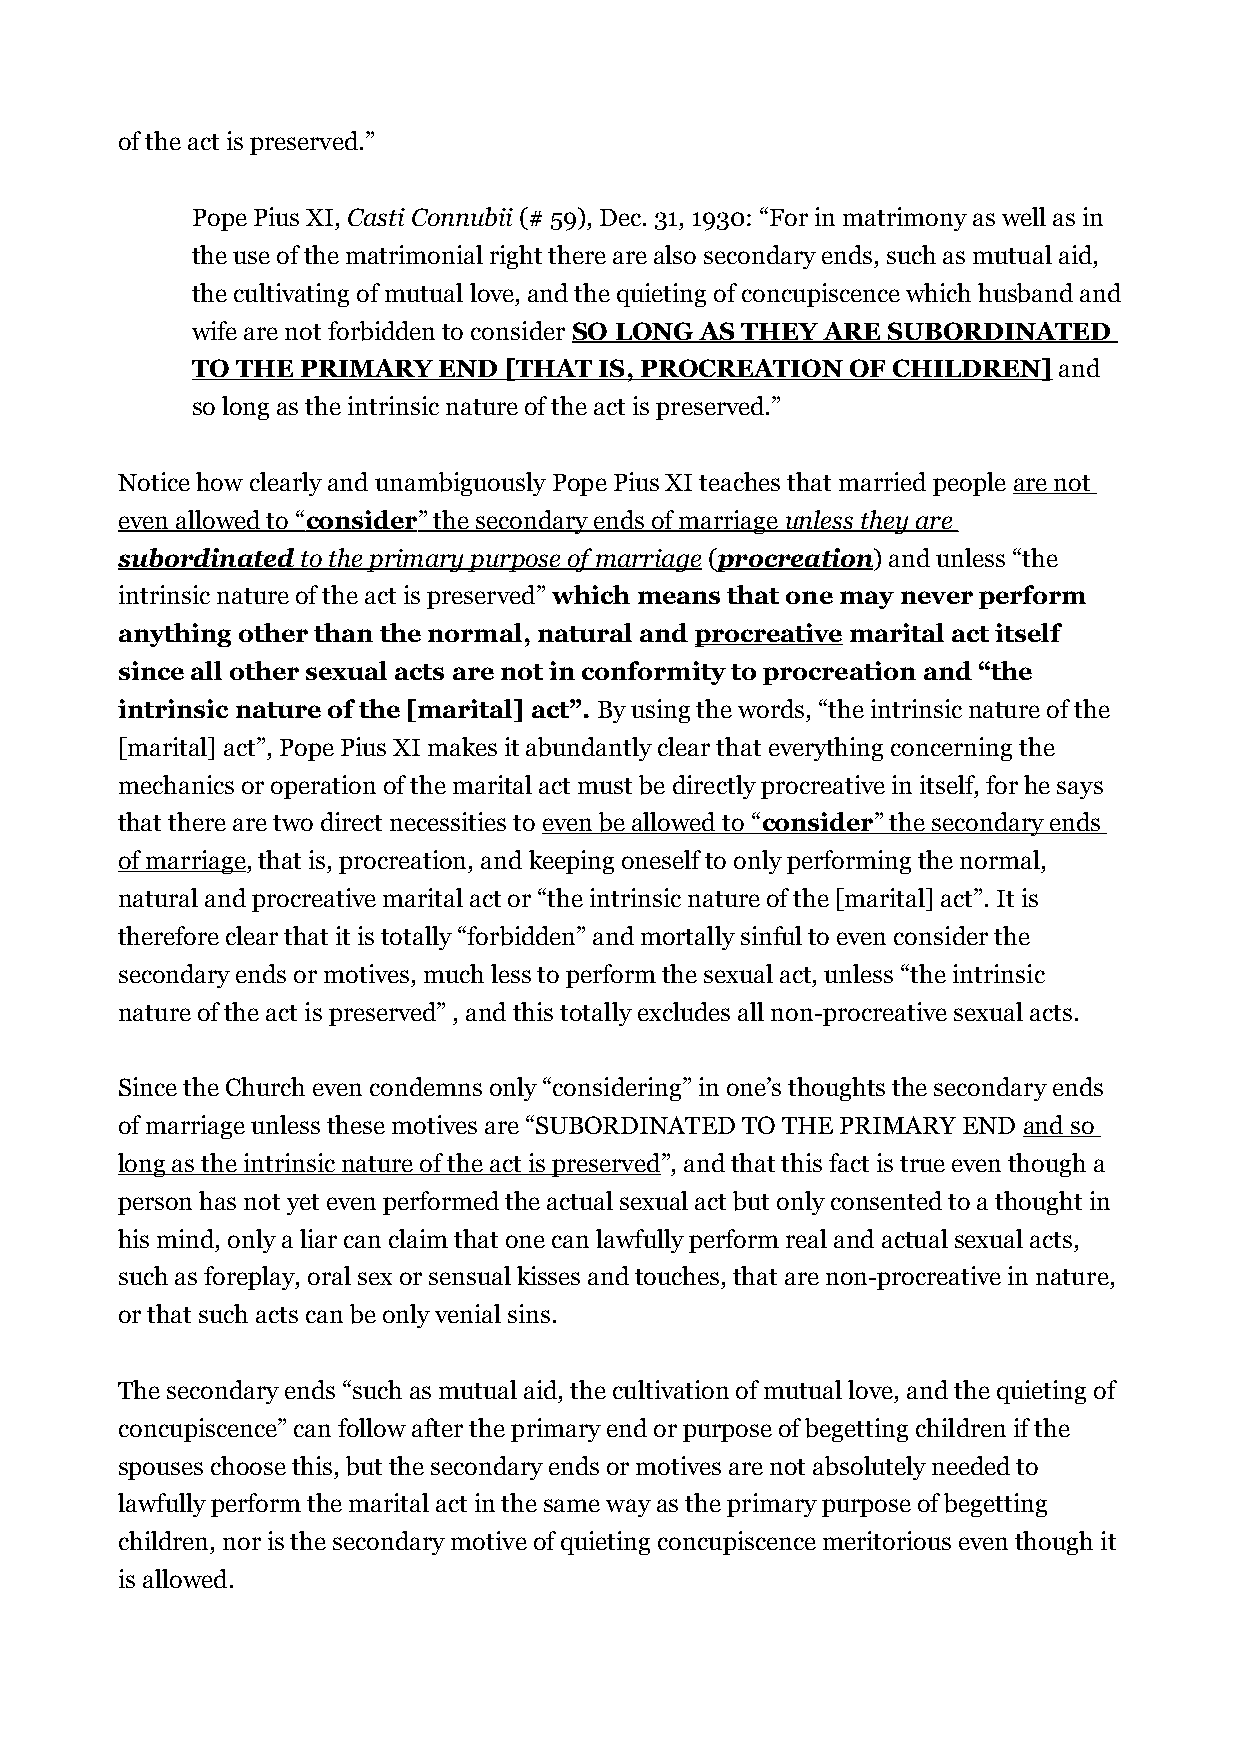
of the act is preserved.”
 Pope Pius XI, Casti Connubii (# 59), Dec. 31, 1930: “For in matrimony as well as in
 the use of the matrimonial right there are also secondary ends, such as mutual aid,
 the cultivating of mutual love, and the quieting of concupiscence which husband and
 wife are not forbidden to consider SO LONG AS THEY ARE SUBORDINATED
 TO THE PRIMARY  END [THAT  IS, PROCREATION OF CHILDREN]  and
 so long as the intrinsic nature of the act is preserved.”
 Notice how clearly and unambiguously Pope Pius XI teaches that married people are not
 even allowed to “ consider ” the secondary ends of marriage unless they are
 subordinated to the primary purpose of marriage (procreation) and unless “the
 intrinsic nature of the act is preserved” which means that one may never perform
 anything other than the normal, natural and procreative marital act itself
 since all other sexual acts are not in conformity to procreation and “the
 intrinsic nature of the [marital] act”. By using the words, “the intrinsic nature of the
 [marital] act”, Pope Pius XI makes it abundantly clear that everything concerning the
 mechanics or operation of the marital act must be directly procreative in itself, for he says
 that there are two direct necessities to even be allowed to “ consider ” the secondary ends
 of marriage, that is, procreation, and keeping oneself to only performing the normal,
 natural and procreative marital act or “the intrinsic nature of the [marital] act”. It is
 therefore clear that it is totally “forbidden” and mortally sinful to even consider the
 secondary ends or motives, much less to perform the sexual act, unless “the intrinsic
 nature of the act is preserved” , and this totally excludes all non-procreative sexual acts.
 Since the Church even condemns only “considering” in one’s thoughts the secondary ends
 of marriage unless these motives are “SUBORDINATED TO THE PRIMARY END and so
 long as the intrinsic nature of the act is preserved”, and that this fact is true even though a
 person has not yet even performed the actual sexual act but only consented to a thought in
 his mind, only a liar can claim that one can lawfully perform real and actual sexual acts,
 such as foreplay, oral sex or sensual kisses and touches, that are non-procreative in nature,
 or that such acts can be only venial sins.
 The secondary ends “such as mutual aid, the cultivation of mutual love, and the quieting of
 concupiscence” can follow after the primary end or purpose of begetting children if the
 spouses choose this, but the secondary ends or motives are not absolutely needed to
 lawfully perform the marital act in the same way as the primary purpose of begetting
 children, nor is the secondary motive of quieting concupiscence meritorious even though it
 is allowed.